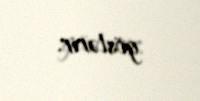
göstərir.